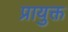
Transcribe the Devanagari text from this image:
प्रायुक्त